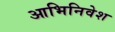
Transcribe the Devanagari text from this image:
आभिनिवेश